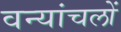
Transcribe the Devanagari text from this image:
वन्यांचलों